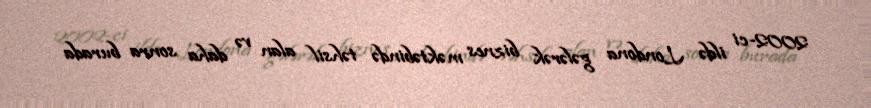
2002-ci ildə Londona gələrək biznes məktəbində təhsil alan və daha sonra burada